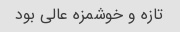
تازه و خوشمزه عالی بود